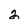
Character: 2